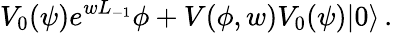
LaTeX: V_{0}(\psi)e^{wL_{-1}}\phi+V(\phi,w)V_{0}(\psi)|0\rangle\, .